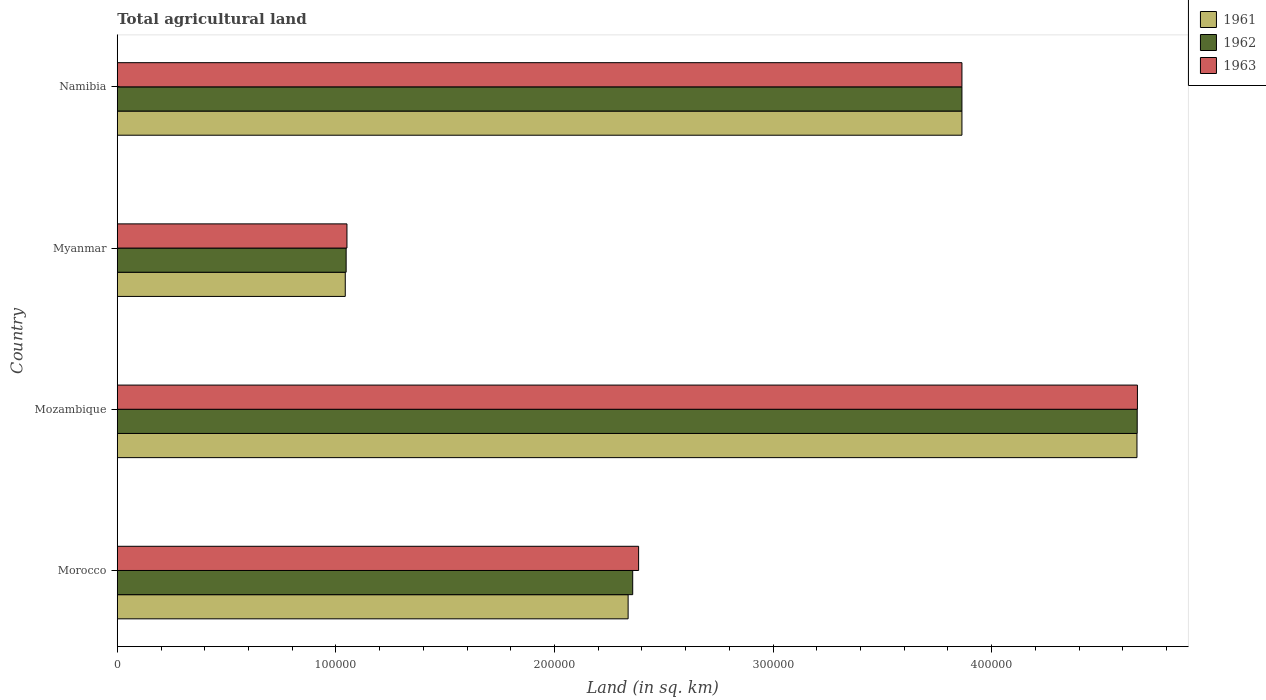
| Country | 1961 | 1962 | 1963 |
 | --- | --- | --- | --- |
 | Morocco | 2.34e+05 | 2.36e+05 | 2.38e+05 |
 | Mozambique | 4.66e+05 | 4.67e+05 | 4.67e+05 |
 | Myanmar | 1.04e+05 | 1.05e+05 | 1.05e+05 |
 | Namibia | 3.86e+05 | 3.86e+05 | 3.86e+05 |